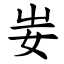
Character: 妛